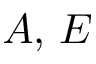
A , \, E